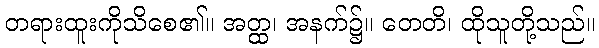
တရားထူးကိုသိစေ၏။ အတ္ထ၊ အနက်၌။ တေတိ၊ ထိုသူတို့သည်။